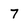
Character: 7